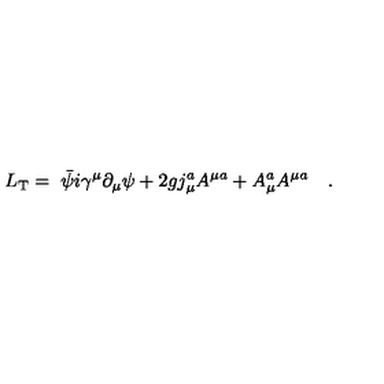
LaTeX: L _ { \mathrm { T } } = { \ \bar { \psi } } i \gamma ^ { \mu } \partial _ { \mu } \psi + 2 g j _ { \mu } ^ { a } A ^ { \mu a } + A _ { \mu } ^ { a } A ^ { \mu a } \quad .